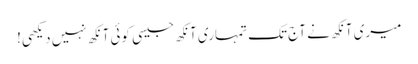
میری آنکھ نے آج تک تمہاری آنکھ جیسی کوئی آنکھ نہیں دیکھی!